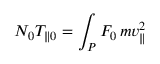
N _ { 0 } T _ { \| 0 } = \int _ { P } F _ { 0 } \, m v _ { \| } ^ { 2 }